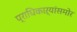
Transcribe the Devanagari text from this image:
प्राधिकाऱ्यांसमोर